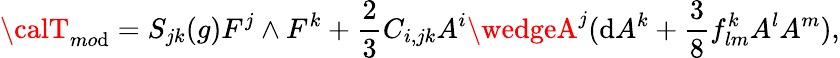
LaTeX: {\calT}_{mo\mathrm{d}}=S_{jk}(g){F}^{j}\wedge{F}^{k}+\frac{{2}}{{3}}C_{i,jk}A^{i}\wedgeA^{j}(\mathrm{d}A^{k}+\frac{{3}}{{8}}f_{lm}^{k}A^{l}A^{m}),